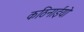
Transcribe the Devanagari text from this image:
कठिनाईयो